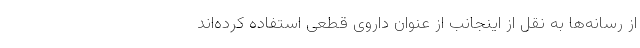
از رسانه‌ها به نقل از اینجانب از عنوان داروی قطعی استفاده کرده‌اند